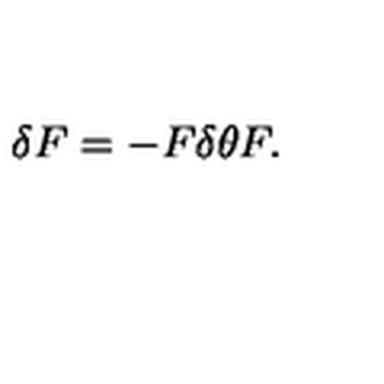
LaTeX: \delta F = - F \delta \theta F .